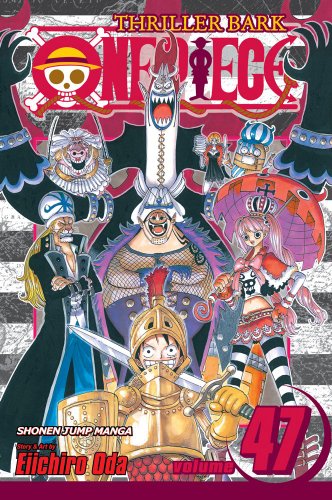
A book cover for One Piece, Vol. 47; Eiichiro Oda; Comics & Graphic Novels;